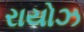
રાયોઝ